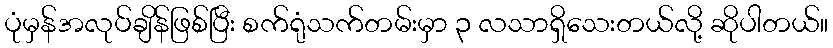
ပုံမှန်အလုပ်ချိန်ဖြစ်ပြီး စက်ရုံသက်တမ်းမှာ ၃ လသာရှိသေးတယ်လို့ ဆိုပါတယ်။